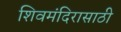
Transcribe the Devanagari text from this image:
शिवमंदिरासाठी